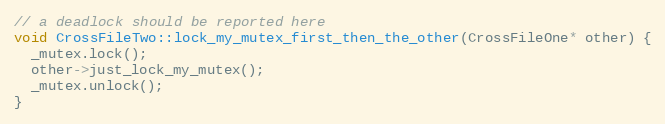
Language: C++
// a deadlock should be reported here
void CrossFileTwo::lock_my_mutex_first_then_the_other(CrossFileOne* other) {
  _mutex.lock();
  other->just_lock_my_mutex();
  _mutex.unlock();
}